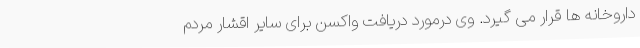
داروخانه ها قرار می گیرد. وی درمورد دریافت واکسن برای سایر اقشار مردم